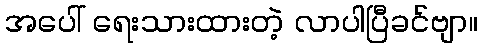
အပေါ် ရေးသားထားတဲ့ လာပါပြီခင်ဗျာ။